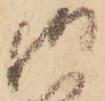
御